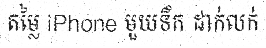
តម្លៃ iPhone មួយទឹក ដាក់លក់